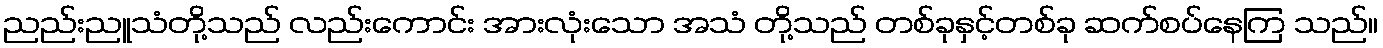
ညည်းညူသံတို့သည် လည်းကောင်း အားလုံးသော အသံ တို့သည် တစ်ခုနှင့်တစ်ခု ဆက်စပ်နေကြ သည်။